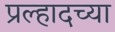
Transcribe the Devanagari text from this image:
प्रल्हादच्या